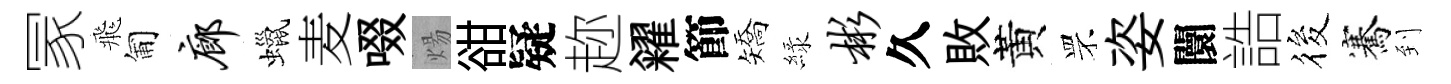
冡飛匍廊蠟麦啜煬𧮳疑趂糴節矯緑彬久敗黃罘姿闤誥筱騫到